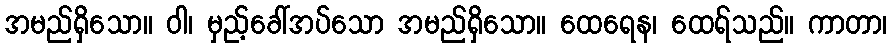
အမည်ရှိသော။ ဝါ၊ မှည့်ခေါ်အပ်သော အမည်ရှိသော။ ထေရေန၊ ထေရ်သည်။ ကာတာ၊